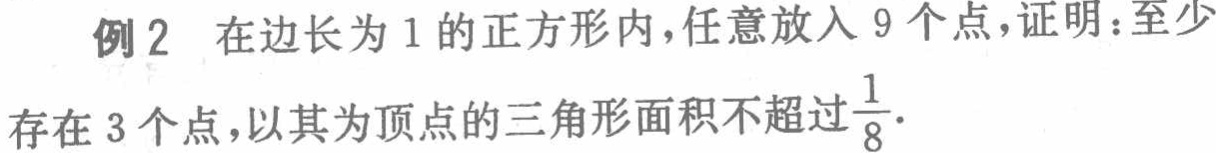
例2 在边长为1的正方形内，任意放入9个点，证明：至少

存在3个点，以其为顶点的三角形面积不超过$\frac{1}{8}$.